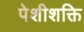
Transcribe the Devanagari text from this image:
पेशीशक्ति